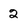
Character: 2